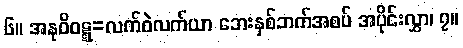
၆။ အနုဝိဝဋ္ဋ=လက်ဝဲလက်ယာ ဘေးနှစ်ဘက်အစပ် အပိုင်းလွှာ၊ ၇။